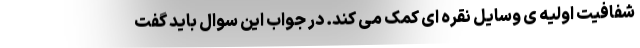
شفافیت اولیه ی وسایل نقره ای کمک می کند. در جواب این سوال باید گفت